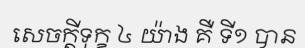
សេចក្តីទុក្ខ ៤ យ៉ាង គឺ ទី១ បាន